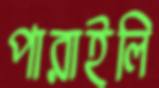
পারাইলি